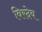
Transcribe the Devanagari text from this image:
बिरदेव